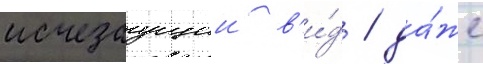
исчезаущии в'и́д / да́же